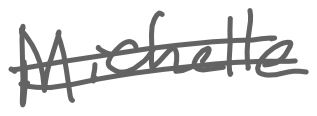
Text: Michelle
Cross-out: double-line
Writing tool: digital_gray